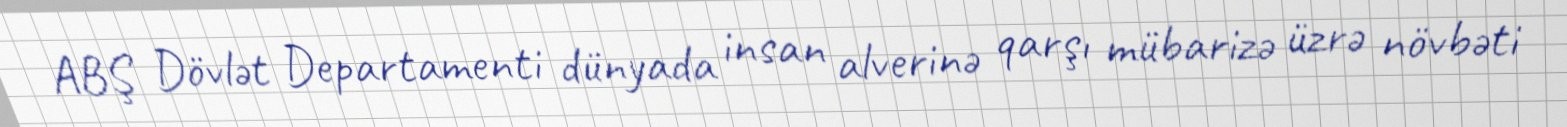
ABŞ Dövlət Departamenti dünyada insan alverinə qarşı mübarizə üzrə növbəti